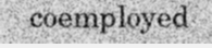
coemployed